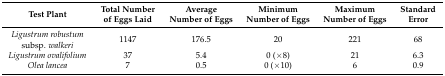
| Test Plant | Total Number of Eggs Laid | Average Number of Eggs | Minimum Number of Eggs | Maximum Number of Eggs | Standard Error |
 | --- | --- | --- | --- | --- | --- |
 | Ligustrum robustum subsp. walkeri | 1147 | 176.5 | 20 | 221 | 68 |
 | Ligustrum ovalifolium | 37 | 5.4 | 0 (×8) | 21 | 6.3 |
 | Olea lancea | 7 | 0.5 | 0 (×10) | 6 | 0.9 |